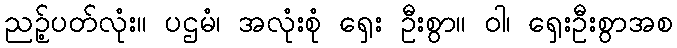
ညဉ့်ပတ်လုံး။ ပဌမံ၊ အလုံးစုံ ရှေး ဦးစွာ။ ဝါ၊ ရှေးဦးစွာအစ